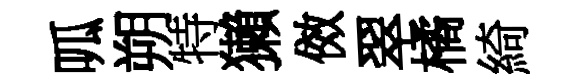
呱朔特獺傚翠橘綺